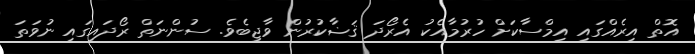
އޮތް އިރެއްގައި އިމްސާކަށް ހުރުމާއެކު އެރޯދަ ޤަޟާކުރުން ވާޖިބެވެ. ސުންނަތް ރޯދައިގައި ނުވަތަ